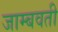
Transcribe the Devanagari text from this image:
जाम्‍बवती